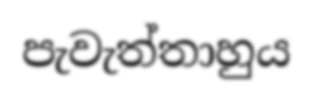
පැවැත්තාහුය